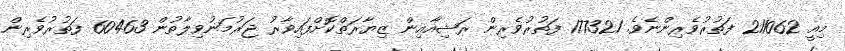
މިއީ 211062 ފަތުރުވެރިންނެވެ. 177321 ފަތުރުވެރިން ރަޝިއާއިން ޒިޔާރަތްކޮށްފައިވާރު ޖަރުމަނުވިލާތުން 60463 ފަތުުރުވެރިން